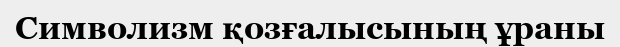
Символизм қозғалысының ұраны